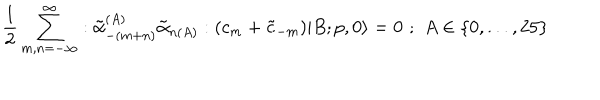
\frac { 1 } { 2 } \sum _ { m , n = - \infty } ^ { \infty } : \tilde { \alpha } _ { - ( m + n ) } ^ { ( A ) } \tilde { \alpha } _ { n ( A ) } : ( c _ { m } + \tilde { c } _ { - m } ) | B ; p , 0 \rangle = 0 \, \, ; \, \, A \in \{ 0 , . . . , 2 5 \}